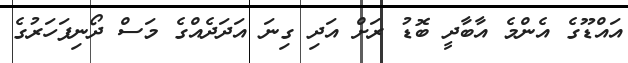
އައްޑޫގެ އެންމެ އާބާދީ ބޮޑު ރަށް އަދި ގިނަ އަދަދެއްގެ މަސް ދޯނިފަހަރުގެ